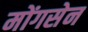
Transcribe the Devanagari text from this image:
मोंगसेन